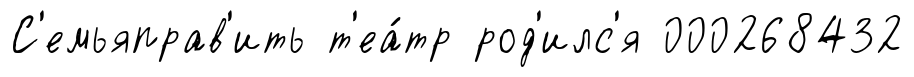
С'емьяправ'ить т'еа́тр род'илс'я 000268432